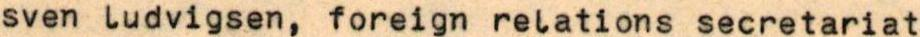
sven ludvigsen, foreign relations secretariat